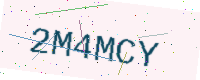
Text: 2M4MCY